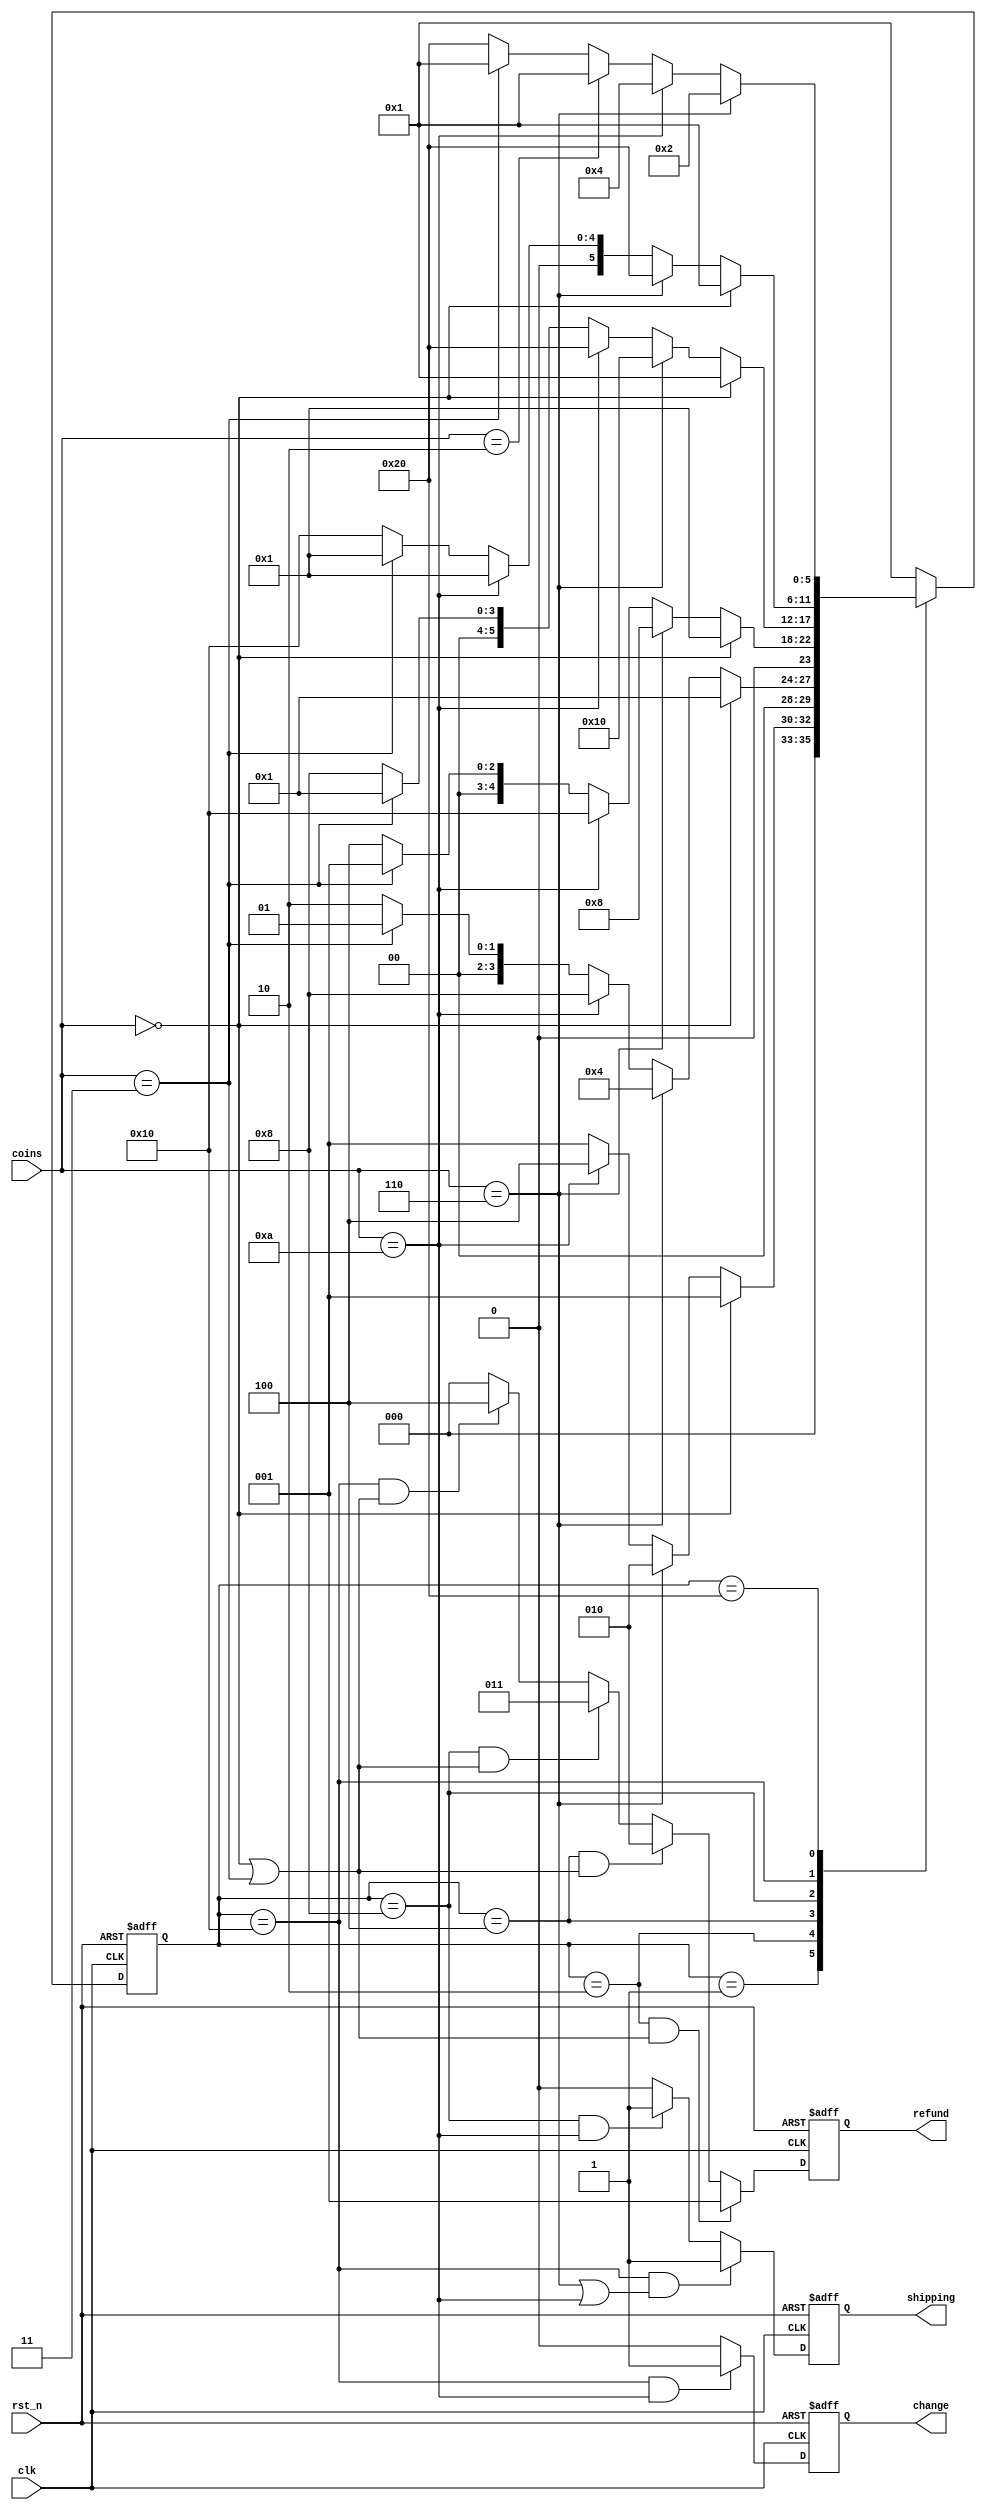
// This is a simple example.
// You can make a your own header file and set its path to settings.
// (Preferences > Package Settings > Verilog Gadget > Settings - User)
//
//		"header": "Packages/Verilog Gadget/template/verilog_header.v"
//
// -----------------------------------------------------------------------------
// Copyright (c) 2014-2023 All rights reserved
// -----------------------------------------------------------------------------
// Create : 2023-07-21 15:04:56
// Revise : 2023-07-21 15:04:56
// Editor : sublime text4, tab size (4)
// Descri : 
// -----------------------------------------------------------------------------
module Vending_Machine 
#(
	
	parameter IDLE = 6'b000_001,	//
	parameter S0 = 6'b000_010,		//0.5
	parameter S1 = 6'b000_100,		//1
	parameter S2 = 6'b001_000,		//1.5
	parameter S3 = 6'b010_000,		//2
	parameter S4 = 6'b100_000		//2.5
)
(
	input clk,
	input rst_n,
	input [3:0] coins,
	output reg change,
	output reg shipping,
	output reg [2:0] refund
);


	/**/
	wire [2:0] refunds [3:0];
	assign refunds[0] = 3'd1;	//0.5
	assign refunds[1] = 3'd2;	//1
	assign refunds[2] = 3'd3;	//1.5
	assign refunds[3] = 3'd4;	//2

	/**/
	reg [5:0] state;


	/**/
	
	always @(posedge clk or negedge rst_n) begin
		if(~rst_n) begin
			state <= IDLE;
		end else begin
			case(state) 
				IDLE : begin
					if(coins == 4'b0000) begin
						state <= IDLE;
					end else if(coins == 4'b0110) begin
						state <= S0;
					end else if(coins == 4'b1010) begin
						state <= S1;
					end else if(coins == 4'b0011) begin
						state <= IDLE;
					end else begin
						state <= IDLE;
					end
				end

				S0 : begin
					if(coins == 4'b0000) begin
						state <= IDLE;
					end else if(coins == 4'b0110) begin
						state <= S1;
					end else if(coins == 4'b1010) begin
						state <= S2;
					end else if(coins == 4'b0011) begin
						state <= IDLE;
					end else begin
						state <= S0;
					end
				end

				S1 : begin
					if(coins == 4'b0000) begin
						state <= IDLE;
					end else if(coins == 4'b0110) begin
						state <= S2;
					end else if(coins == 4'b1010) begin
						state <= S3;
					end else if(coins == 4'b0011) begin
						state <= IDLE;
					end else begin
						state <= S1;
					end
				end

				S2 : begin
					if(coins == 4'b0000) begin
						state <= IDLE;
					end else if(coins == 4'b0110) begin
						state <= S3;
					end else if(coins == 4'b1010) begin
						state <= S4;
					end else if(coins == 4'b0011) begin
						state <= IDLE;
					end else begin
						state <= S2;
					end
				end

				S3 : begin
					if(coins == 4'b0000) begin
						state <= IDLE;
					end else if(coins == 4'b0110) begin
						state <= S4;
					end else if(coins == 4'b1010) begin
						state <= IDLE;
					end else if(coins == 4'b0011) begin
						state <= IDLE;
					end else begin
						state <= S3;
					end
				end

				S4 : begin
					if(coins == 4'b0110) begin
						state <= S0;
					end else if(coins == 4'b1010) begin
						state <= S1;
					end else if(coins == 4'b0010) begin
						state <= IDLE;
					end else if(coins == 4'b0011) begin
						state <= IDLE;
					end else begin
						state <= S4;
					end
				end

				default : state <= IDLE;

			endcase
		end
	end

	/**/
	/*change*/
	always @(posedge clk or negedge rst_n) begin
		if(~rst_n) begin
			change <= 1'd0;
		end else if(state == S3 && coins == 4'b1010) begin
			change <= 1'd1;
		end else begin
			change <= 1'd0;
		end
	end

	/*shipping*/
	always @(posedge clk or negedge rst_n) begin
		if(~rst_n) begin
			shipping <= 1'd0;
		end else if(state == S3 && (coins == 4'b0110 || coins == 4'b1010)) begin
			shipping <= 1'd1;
		end else if(state == S2 && coins == 4'b1010) begin
			shipping <= 1'd1;
		end else begin
			shipping <= 1'd0;
		end
	end

	/*refund*/
	always @(posedge clk or negedge rst_n) begin
		if(~rst_n) begin
			refund <= 3'd0;
		end else if(state == S0 && (coins == 4'b0000 || coins == 4'b0011)) begin
			refund <= refunds[0];
		end else if(state == S1 && (coins == 4'b0000 || coins == 4'b0011)) begin
			refund <= refunds[1];
		end else if(state == S2 && (coins == 4'b0000 || coins == 4'b0011)) begin
			refund <= refunds[2];
		end else if(state == S3 && (coins == 4'b0000 || coins == 4'b0011)) begin
			refund <= refunds[3];
	    end else begin
			 refund <= 3'd0;
		end
	end

endmodule